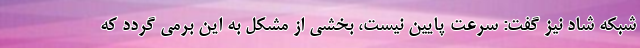
شبکه شاد نیز گفت: سرعت پایین نیست، بخشی از مشکل به این برمی گردد که